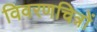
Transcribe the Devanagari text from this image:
विवरणचित्रों